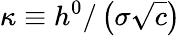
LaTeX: \kappa\equiv h^{0}/\left(\sigma\sqrt{c}\right)